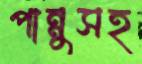
পান্নুসহ